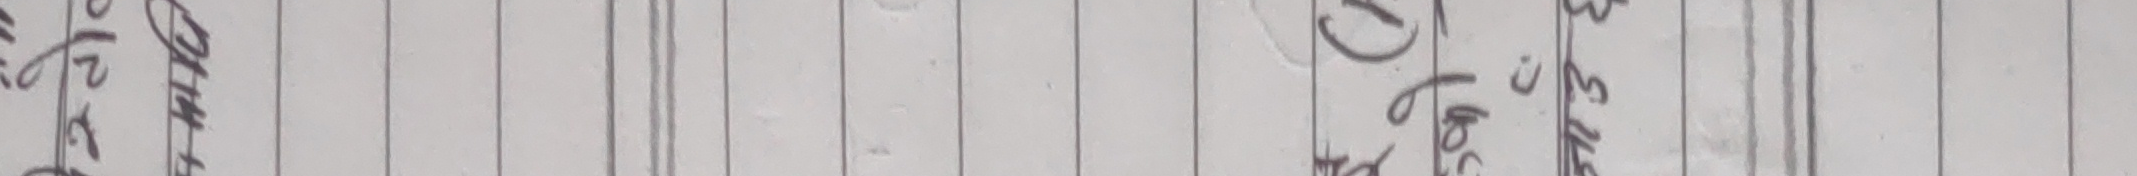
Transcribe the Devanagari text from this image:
श्रम
संचित
नं
जस
डो
२०७७८
उक्त
मिति
१९७३
कार्तिक
१६